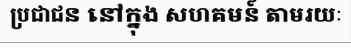
ប្រជាជន នៅក្នុង សហគមន៍ តាមរយៈ